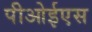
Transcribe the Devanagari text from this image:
पीओईएस